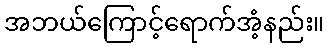
အဘယ်ကြောင့်ရောက်အံ့နည်း။